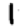
Digit: 1